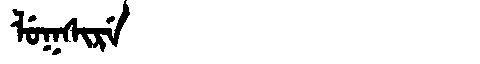
Manchu: ᠯᡠᡴᠰᡳᡵᡝ
Romanization: LUKSIRE